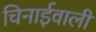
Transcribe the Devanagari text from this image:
चिनाईवाली